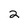
Character: 2